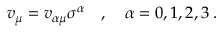
v _ { \mu } = v _ { \alpha \mu } \sigma ^ { \alpha } \quad , \quad \alpha = 0 , 1 , 2 , 3 \; .